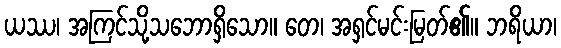
ယဿ၊ အကြင်သို့သဘောရှိသော။ တေ၊ အရှင်မင်းမြတ်၏။ ဘရိယာ၊